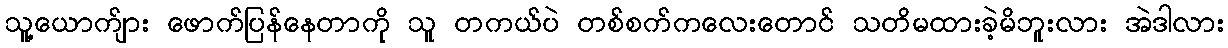
သူ့ယောက်ျား ဖောက်ပြန်နေတာကို သူ တကယ်ပဲ တစ်စက်ကလေးတောင် သတိမထားခဲ့မိဘူးလား အဲဒါလား